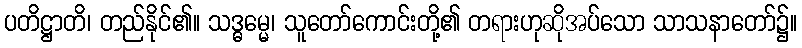
ပတိဋ္ဌာတိ၊ တည်နိုင်၏။ သဒ္ဓမ္မေ၊ သူတော်ကောင်းတို့၏ တရားဟုဆိုအပ်သော သာသနာတော်၌။